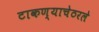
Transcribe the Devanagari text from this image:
टाकण्याचेठरले